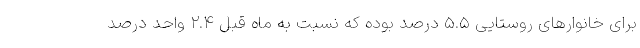
برای خانوارهای روستایی ۵.۵ درصد بوده که نسبت به ماه قبل ۲.۴ واحد درصد